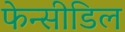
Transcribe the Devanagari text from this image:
फेन्सीडिल